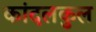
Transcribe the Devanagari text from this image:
कांदलकुल